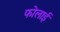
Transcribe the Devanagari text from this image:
फोलाई